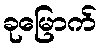
ခုမြောက်